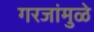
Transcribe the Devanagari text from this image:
गरजांमुळे